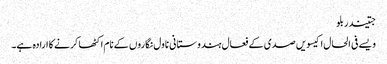
جتیندر بلو
ویسے فی الحال اکیسویں صدی کے فعال ہندوستانی ناول نگاروں کے نام اکٹھا کرنے کا ارادہ ہے۔